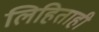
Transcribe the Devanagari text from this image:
लिहिताही